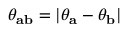
\theta _ { \mathbf { a b } } = | \theta _ { \mathbf { a } } - \theta _ { \mathbf { b } } |